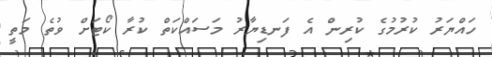
ހައްޔަރު ކުރުމުގެ ކުރިން އެ ފަނޑިޔާރު މަސައްކަތް ކުރާ ކޯޓަށް ވުތެ މަތީ